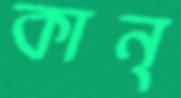
কান্